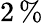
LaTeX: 2\, \%